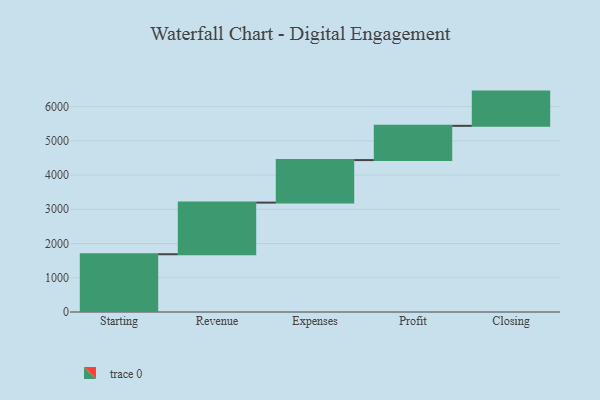
{"axis": {"x": "Step", "y": "Value"}, "legend": [""], "data": [{"x": "Starting", "y": 1687.0, "type": ""}, {"x": "Revenue", "y": 1508.0, "type": ""}, {"x": "Expenses", "y": 1242.0, "type": ""}, {"x": "Profit", "y": 1000, "type": ""}, {"x": "Closing", "y": 1000, "type": ""}]}